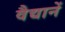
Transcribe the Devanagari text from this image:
वैद्यानें